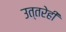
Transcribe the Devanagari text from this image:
उत्तरेही